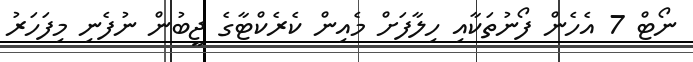
ނޯޓް 7 އެހެން ފޯނުތަކާއި ހިލާފަށް މެއިން ކެރެކްޓާގެ ޖީބުން ނުފެނި މިފަހަރު